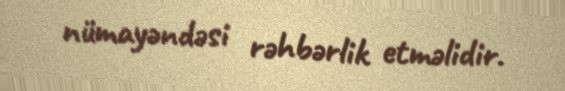
nümayəndəsi rəhbərlik etməlidir.